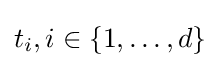
t_{i},i\in \{1,\ldots ,d\}